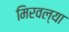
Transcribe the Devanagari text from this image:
मिरवल्या